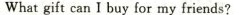
What gift can I buy for my friends?